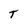
Character: T